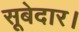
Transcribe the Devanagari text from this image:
सूबेदार।